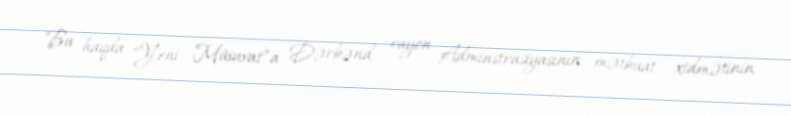
Bu haqda “Yeni Müsavat”a Dərbənd rayon Adminstrasiyasının mətbuat xidmətinin